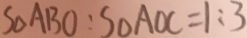
S _ { \Delta } A B O : S _ { \Delta } A O C = 1 : 3